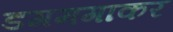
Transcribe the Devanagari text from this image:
डगमगाकर